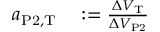
\begin{array} { r l } { a _ { \mathrm { P 2 } , \mathrm { T } } } & { { } : = \frac { \Delta V _ { \mathrm { T } } } { \Delta V _ { \mathrm { P 2 } } } } \end{array}